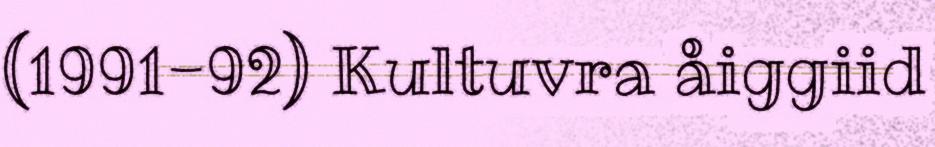
(1991-92) Kultuvra åiggiid